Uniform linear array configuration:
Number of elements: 48
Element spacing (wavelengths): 1
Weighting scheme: cosine
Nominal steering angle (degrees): -15
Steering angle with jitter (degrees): -16.406
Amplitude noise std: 0.05
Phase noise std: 0.05

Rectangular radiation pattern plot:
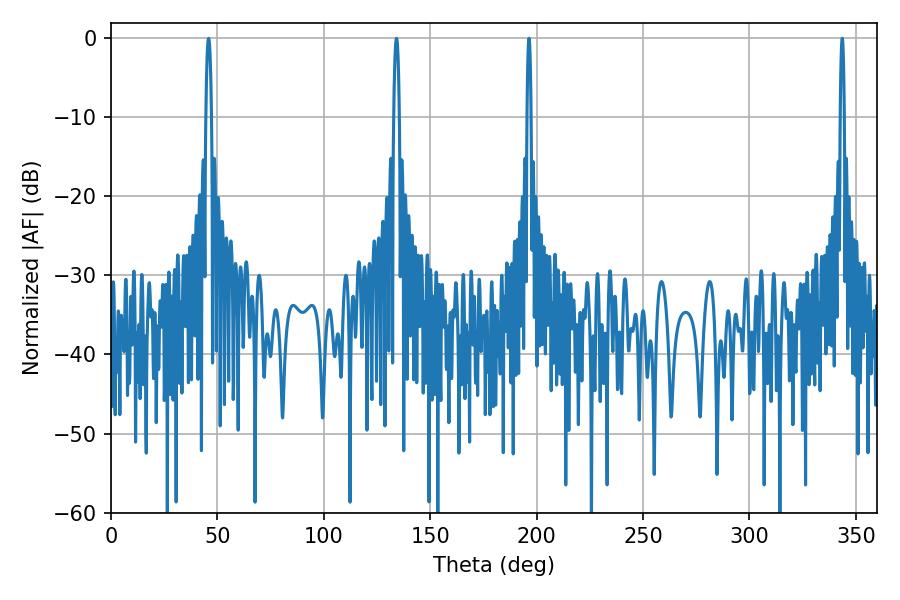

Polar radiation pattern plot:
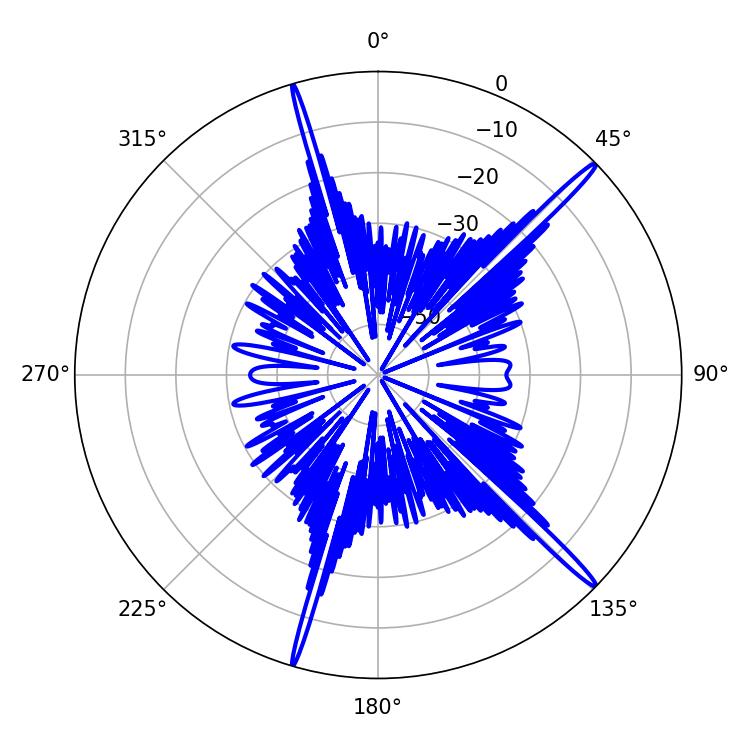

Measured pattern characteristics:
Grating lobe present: TRUE
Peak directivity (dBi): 18.133
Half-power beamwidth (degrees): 1.08
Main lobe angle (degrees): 196.38